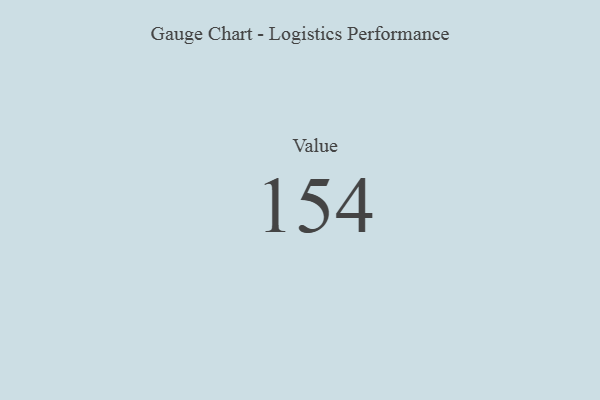
{"axis": {"x": "Metric", "y": "Value"}, "legend": [""], "data": [{"x": "Value", "y": 154, "type": ""}]}